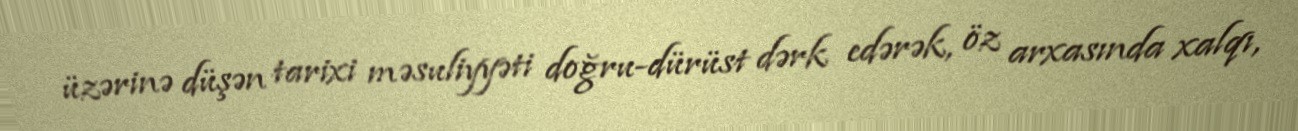
üzərinə düşən tarixi məsuliyyəti doğru-dürüst dərk edərək, öz arxasında xalqı,